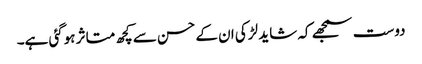
دوست سمجھے کہ شاید لڑکی ان کے حسن سے کچھ متاثر ہوگئی ہے۔